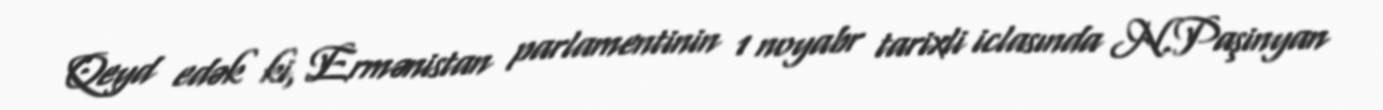
Qeyd edək ki, Ermənistan parlamentinin 1 noyabr tarixli iclasında N.Paşinyan